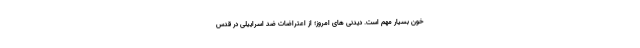
خون بسیار مهم است. دیدنی های امروز؛ از اعتراضات ضد اسراییلی در قدس